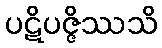
ပဋိပဇ္ဇိဿသိ